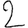
Digit: 2